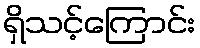
ရှိသင့်ကြောင်း